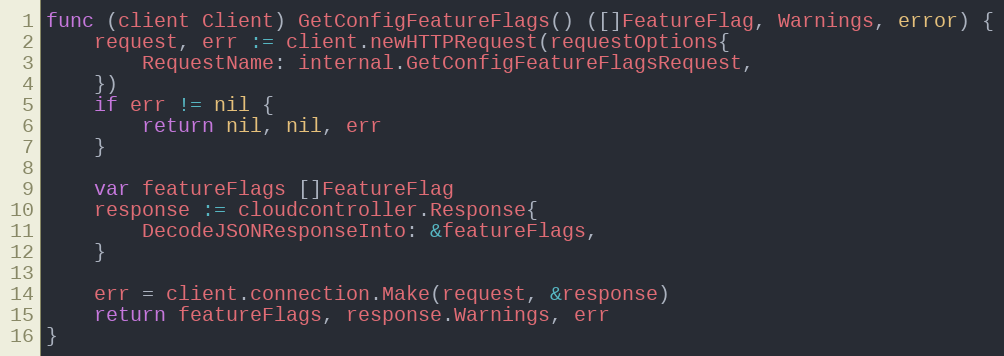
Language: Go
func (client Client) GetConfigFeatureFlags() ([]FeatureFlag, Warnings, error) {
	request, err := client.newHTTPRequest(requestOptions{
		RequestName: internal.GetConfigFeatureFlagsRequest,
	})
	if err != nil {
		return nil, nil, err
	}

	var featureFlags []FeatureFlag
	response := cloudcontroller.Response{
		DecodeJSONResponseInto: &featureFlags,
	}

	err = client.connection.Make(request, &response)
	return featureFlags, response.Warnings, err
}